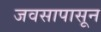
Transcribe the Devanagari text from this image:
जवसापासून